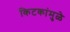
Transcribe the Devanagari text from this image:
किटकांमुळे